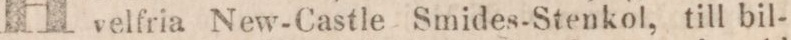
velfria New-Castle Smides-Stenkol, till bil-